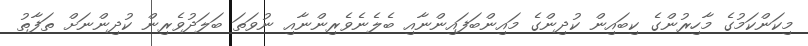
މިކަންކަމުގެ މާހިރުންގެ ކިބައިން ކުދިންގެ މައިންބަފައިންނާއި ބެލެނެވެރިންނާއި ނުވަތަ ބަލަދުވެރިން ކުދިންނަށް ތަފާތު